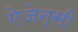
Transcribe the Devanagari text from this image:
ऐजेन्‍सी